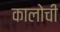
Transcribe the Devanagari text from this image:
कालोची